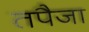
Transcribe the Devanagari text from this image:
तपैजा